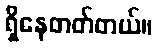
ရှိနေတတ်တယ်။